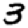
Digit: 3